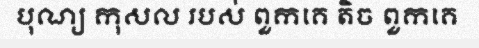
បុណ្យ កុសល របស់ ពួកគេ តិច ពួកគេ